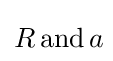
R\,{\text{and}}\,a\!